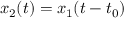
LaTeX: x _ { 2 } ( t ) = x _ { 1 } ( t - t _ { 0 } )